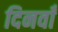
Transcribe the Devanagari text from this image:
दिनवाँ